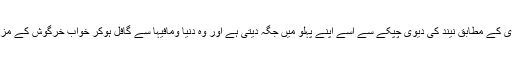
دن بھر کام کاج میں مصروف رہنے کے بعد جب آدمی تھک کر چور ہوجاتا ہے تو حکم ایزدی کے مطابق نیند کی دیوی چپکے سے اسے اپنے پہلو میں جگہ دیتی ہے اور وہ دنیا ومافیہا سے گافل ہوکر خواب خرگوش کے مزے لینے لگتا ہے اور جب بیدا رہوتا ہے تو تھکاوٹ اور پریشانیوں سے نجات پاچکا ہوتا ہے ۔